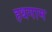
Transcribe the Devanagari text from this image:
हथगाम